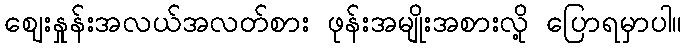
ဈေးနှုန်းအလယ်အလတ်စား ဖုန်းအမျိုးအစားလို့ ပြောရမှာပါ။